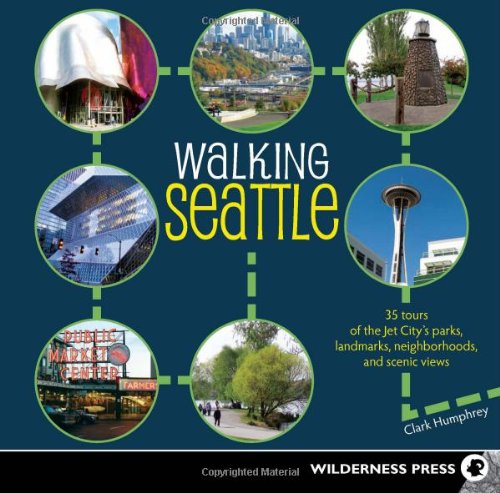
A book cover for Walking Seattle: 35 Tours of the Jet City's Parks, Landmarks, Neighborhoods, and Scenic Views; Clark Humphrey; Travel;